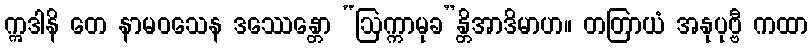
ဣဒါနိ တေ နာမဝသေန ဒဿေန္တော “ဩက္ကာမုခ”န္တိအာဒိမာဟ။ တတြာယံ အနုပုဗ္ဗီ ကထာ